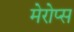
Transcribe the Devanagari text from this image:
मेरोप्स